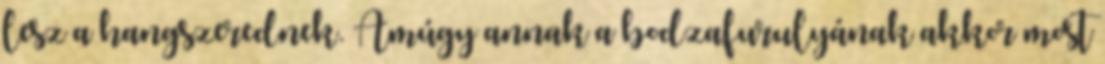
lesz a hangszerednek. Amúgy annak a bodzafurulyának akkor most